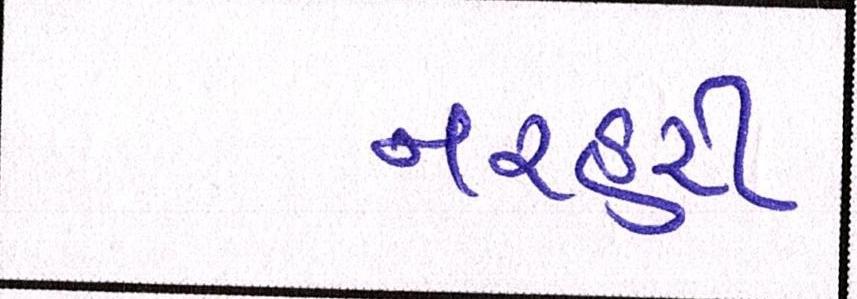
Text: નરહરી